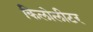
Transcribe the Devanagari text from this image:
किलोलीटर